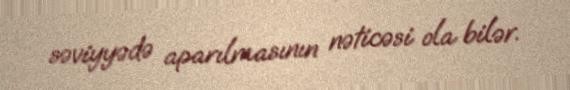
səviyyədə aparılmasının nəticəsi ola bilər.